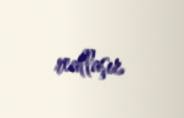
reallaşır.